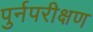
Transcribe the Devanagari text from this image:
पुर्नपरीक्षण